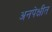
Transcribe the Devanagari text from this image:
अनपेक्षीत